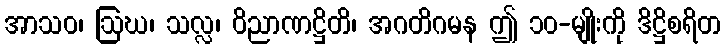
အာသဝ၊ ဩဃ၊ သလ္လ၊ ဝိညာဏဋ္ဌိတိ၊ အဂတိဂမန ဤ ၁၀-မျိုးကို ဒိဋ္ဌိစရိတ